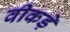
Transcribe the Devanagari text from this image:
वीकड़े